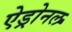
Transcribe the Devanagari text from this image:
ऐड्रोनल